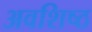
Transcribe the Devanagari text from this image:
अवशिष्ठ